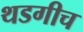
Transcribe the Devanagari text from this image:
थडगीच